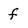
Character: f